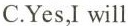
C.Yes,Iwill